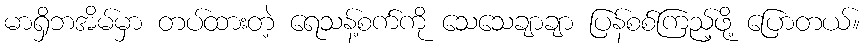
မာရှိဘအိမ်မှာ တပ်ထားတဲ့ ရေသန့်စက်ကို သေသေချာချာ ပြန်စစ်ကြည့်ဖို့ ပြောတယ်။